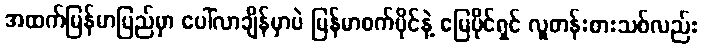
အထက်မြန်မာပြည်မှာ ပေါ်လာချိန်မှာပဲ မြန်မာစက်ပိုင်နဲ့ မြေပိုင်ရှင် လူတန်းစားသစ်လည်း